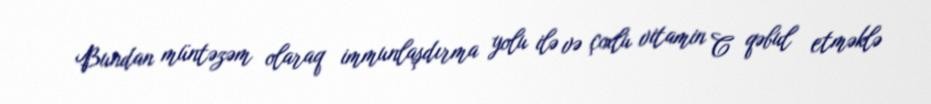
Bundan müntəzəm olaraq immunlaşdırma yolu ilə və çoxlu vitamin C qəbul etməklə